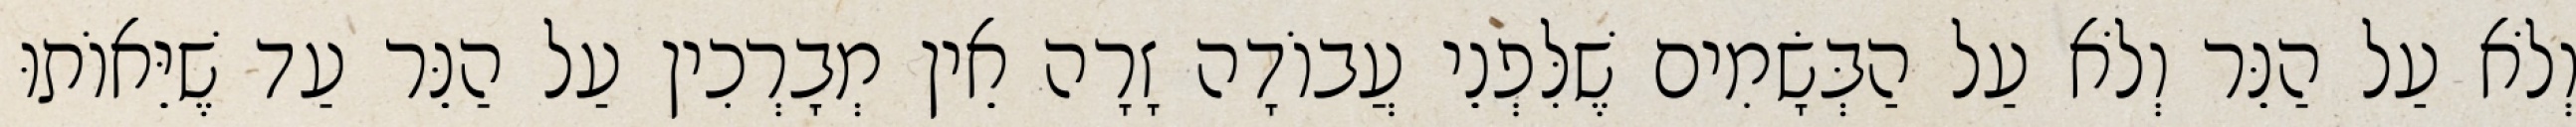
וְלֹא עַל הַנֵּר וְלֹא עַל הַבְּשָׂמִים שֶׁלִּפְנֵי עֲבוֹדָה זָרָה אֵין מְבָרְכִין עַל הַנֵּר עַד שֶׁיֵּאוֹתוּ